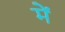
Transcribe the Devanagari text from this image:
में